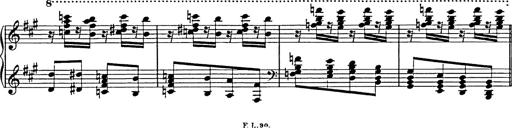
Title: Galop in A minor
Composer: Franz Liszt
Key: A minor